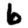
Digit: 6